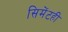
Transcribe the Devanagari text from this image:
सिमेंटही